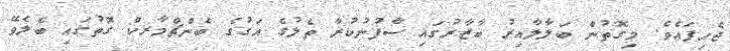
ޖެހިފައެވެ. މިގޮތުން ބަލާލާއިރު ބާޒާރުގައި ސާފުނުކުރާ ތެލުގެ އަގުގެ ބެންޗްމާރކް ގޮތުގައި ބެލެވޭ